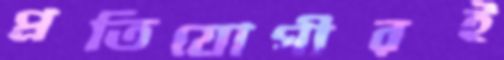
প্রতিযোগীরই